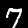
Label: 7